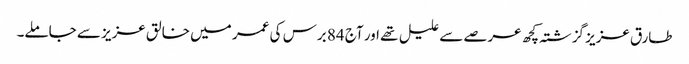
طارق عزیز گزشتہ کچھ عرصے سے علیل تھے اور آج 84 برس کی عمر میں خالق عزیز سے جاملے۔